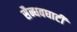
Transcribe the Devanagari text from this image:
सैन्धवघाटी